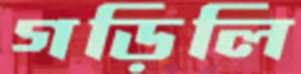
গড়িলি